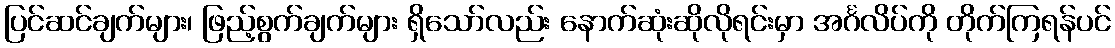
ပြင်ဆင်ချက်များ၊ ဖြည့်စွက်ချက်များ ရှိသော်လည်း နောက်ဆုံးဆိုလိုရင်းမှာ အင်္ဂလိပ်ကို တိုက်ကြရန်ပင်